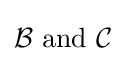
{\mathcal {B}}{\text{ and }}{\mathcal {C}}